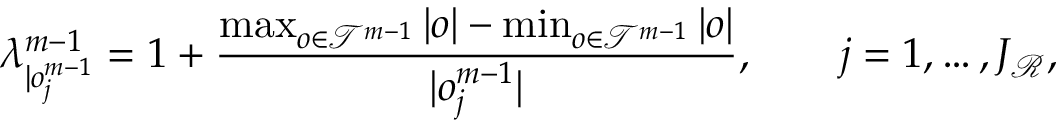
\lambda _ { | o _ { j } ^ { m - 1 } } ^ { m - 1 } = 1 + \frac { \operatorname* { m a x } _ { o \in \mathscr { T } ^ { m - 1 } } | o | - \operatorname* { m i n } _ { o \in \mathscr { T } ^ { m - 1 } } | o | } { | o _ { j } ^ { m - 1 } | } , \qquad j = 1 , \ldots , J _ { \mathscr { R } } ,